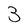
Character: 3